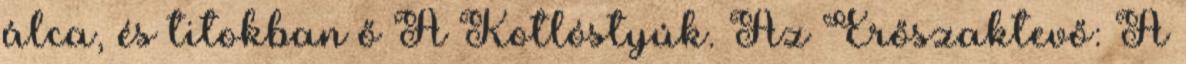
álca, és titokban ő A Kotlóstyúk. Az Erőszaktevő: A